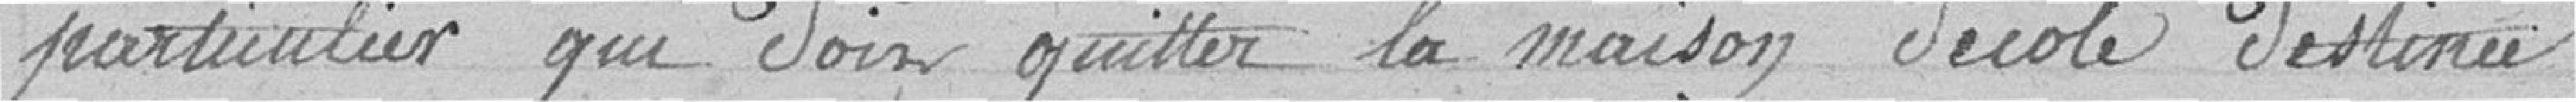
particulier qui doit quitter la maison d'école destinée